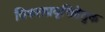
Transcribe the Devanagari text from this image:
विफलप्रवृत्तिहेतुक